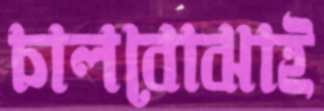
চালবোঝাই